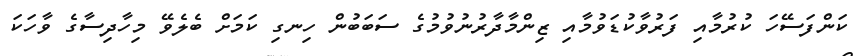
ކަންފަސޭހަ ކުރުމާއި ފަރުވާކުޑަވުމާއި ޒިންމާދާރުނުވުމުގެ ސަބަބުން ހިނގި ކަމަށް ބެލެވޭ މިހާދިސާގެ ވާހަކަ